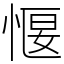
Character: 愝